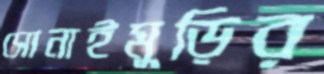
সোনাইমুড়ির